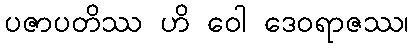
ပဇာပတိဿ ဟိ ဝေါ ဒေဝရာဇဿ၊